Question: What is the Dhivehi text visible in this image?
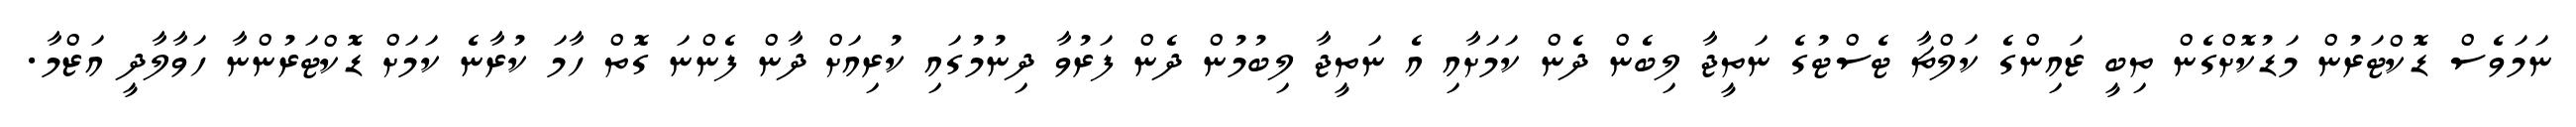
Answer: ނަމަވެސް ޑޮކްޓަރުން މަޑުކޮށްގެން ތިބީ ޒައިންގެ ކަލްޗާ ޓެސްޓުގެ ނަތީޖާ ލިބެން ދެން ކަމަށާއި އެ ނަތީޖާ ލިބުމުން ދެން ފަރުވާ ދިނުމުގައި ކުރިއަށް ދާން ފެންނަ ގޮތް ހާމަ ކުރާނެ ކަމަށް ޑޮކްޓަރުންނާ ހަވާލާދީ އަޒްމާ.